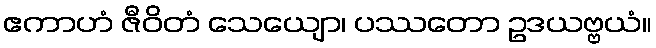
ဧကာဟံ ဇီဝိတံ သေယျော၊ ပဿတော ဥဒယဗ္ဗယံ။